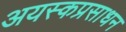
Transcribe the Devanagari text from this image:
अयस्कप्रसाधन